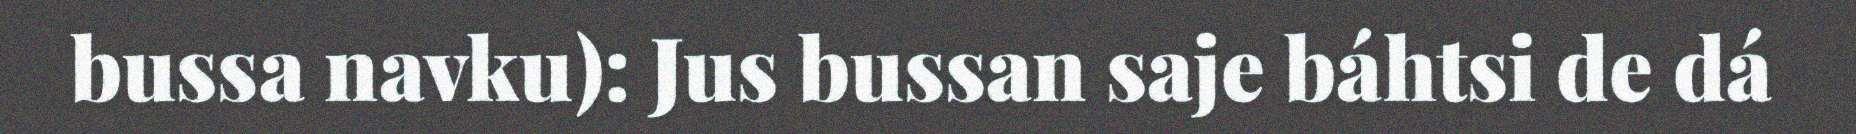
bussa navku): Jus bussan saje báhtsi de dá